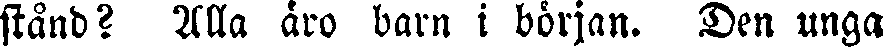
stånd? Alla äro barn i början. Den unga